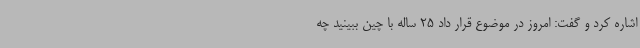
اشاره کرد و گفت: امروز در موضوع قرار داد 25 ساله با چین ببینید چه